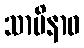
သာမိနာဝ